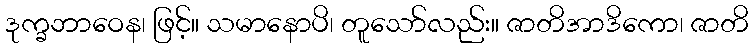
ဒုက္ခဘာဝေန၊ ဖြင့်။ သမာနောပိ၊ တူသော်လည်း။ ဇာတိအာဒိကော၊ ဇာတိ